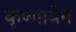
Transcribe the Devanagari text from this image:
कृष्णाबेन